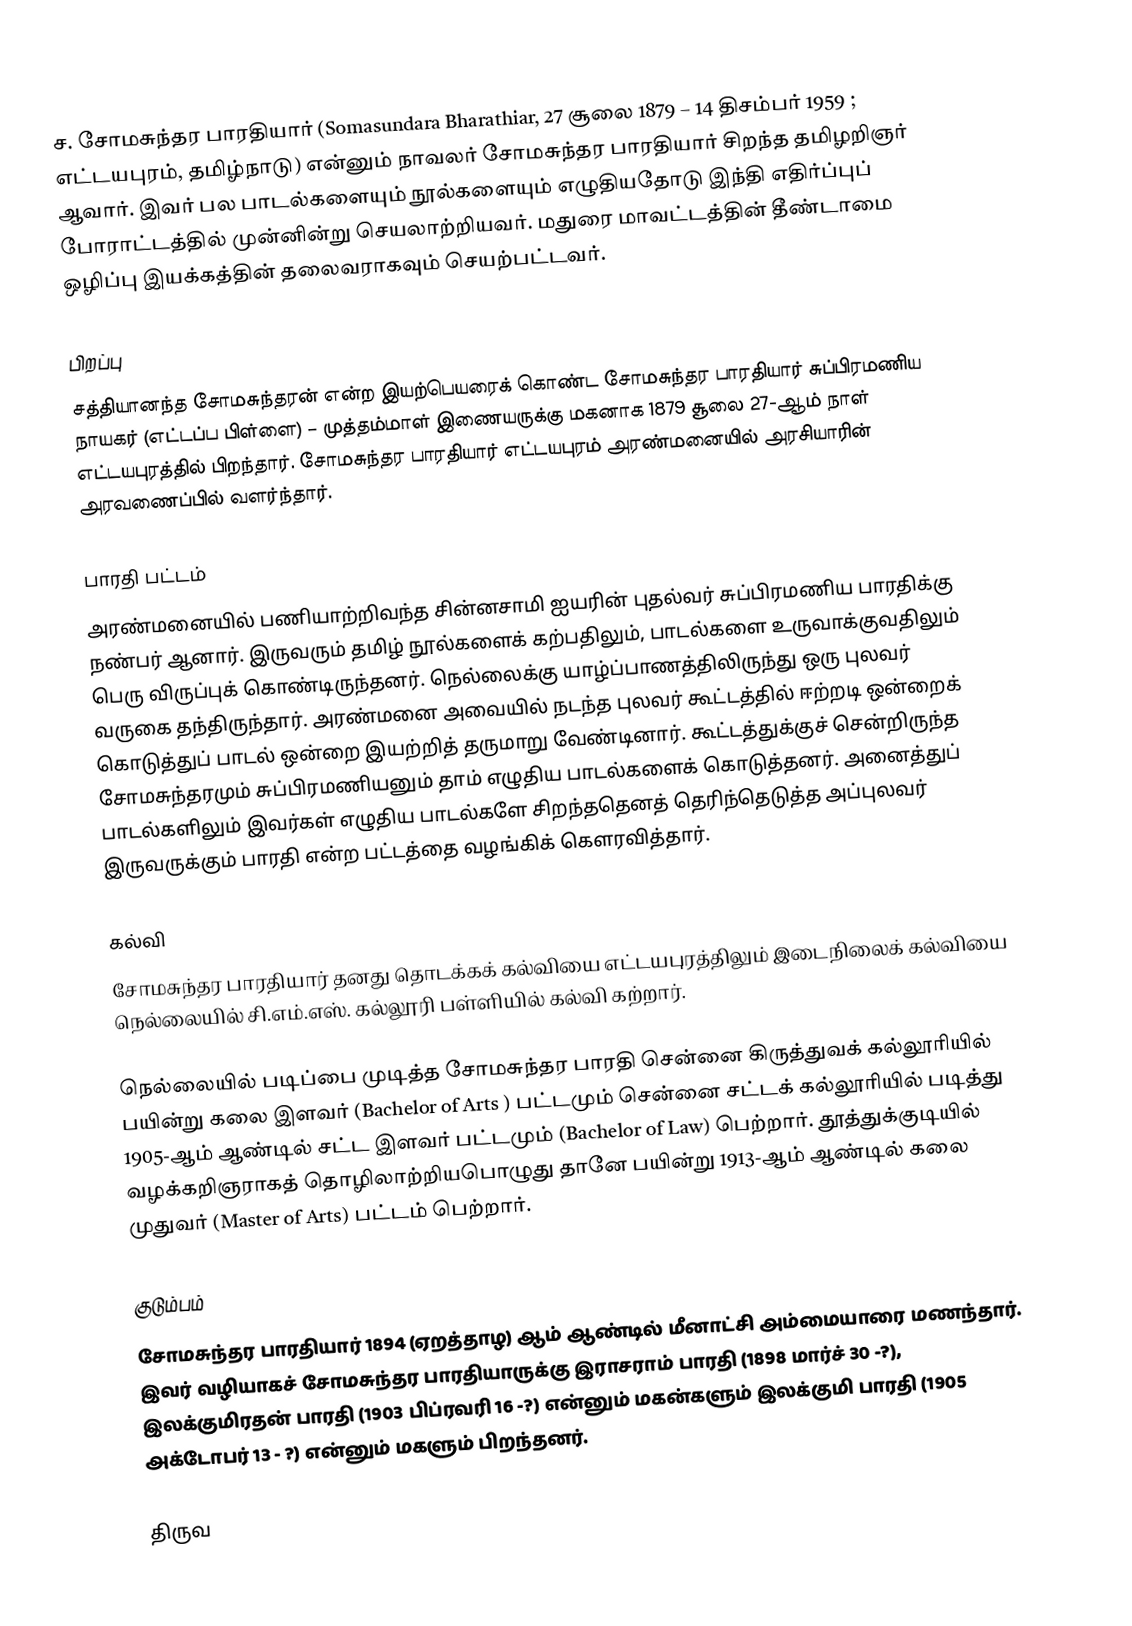
ச. சோமசுந்தர பாரதியார் (Somasundara Bharathiar, 27 சூலை 1879 – 14 திசம்பர் 1959 ; எட்டயபுரம், தமிழ்நாடு) என்னும் நாவலர் சோமசுந்தர பாரதியார் சிறந்த தமிழறிஞர் ஆவார்.  இவர் பல பாடல்களையும் நூல்களையும் எழுதியதோடு இந்தி எதிர்ப்புப் போராட்டத்தில் முன்னின்று செயலாற்றியவர்.  மதுரை மாவட்டத்தின் தீண்டாமை ஒழிப்பு இயக்கத்தின் தலைவராகவும் செயற்பட்டவர்.

பிறப்பு
சத்தியானந்த சோமசுந்தரன் என்ற இயற்பெயரைக் கொண்ட சோமசுந்தர பாரதியார் சுப்பிரமணிய நாயகர் (எட்டப்ப பிள்ளை) – முத்தம்மாள்  இணையருக்கு மகனாக 1879 சூலை 27-ஆம் நாள் எட்டயபுரத்தில் பிறந்தார். சோமசுந்தர பாரதியார் எட்டயபுரம் அரண்மனையில் அரசியாரின் அரவணைப்பில் வளர்ந்தார்.

பாரதி பட்டம்
அரண்மனையில் பணியாற்றிவந்த சின்னசாமி ஐயரின் புதல்வர் சுப்பிரமணிய பாரதிக்கு நண்பர் ஆனார். இருவரும் தமிழ் நூல்களைக் கற்பதிலும், பாடல்களை உருவாக்குவதிலும் பெரு விருப்புக் கொண்டிருந்தனர். நெல்லைக்கு யாழ்ப்பாணத்திலிருந்து ஒரு புலவர் வருகை தந்திருந்தார். அரண்மனை அவையில் நடந்த புலவர் கூட்டத்தில் ஈற்றடி ஒன்றைக் கொடுத்துப் பாடல் ஒன்றை இயற்றித் தருமாறு வேண்டினார். கூட்டத்துக்குச் சென்றிருந்த சோமசுந்தரமும் சுப்பிரமணியனும் தாம் எழுதிய பாடல்களைக் கொடுத்தனர். அனைத்துப் பாடல்களிலும் இவர்கள் எழுதிய பாடல்களே சிறந்ததெனத் தெரிந்தெடுத்த அப்புலவர் இருவருக்கும் பாரதி என்ற பட்டத்தை வழங்கிக் கௌரவித்தார்.

கல்வி
சோமசுந்தர  பாரதியார்  தனது தொடக்கக் கல்வியை எட்டயபுரத்திலும்  இடைநிலைக் கல்வியை நெல்லையில் சி.எம்.எஸ். கல்லூரி பள்ளியில் கல்வி கற்றார்.

நெல்லையில் படிப்பை முடித்த சோமசுந்தர பாரதி சென்னை கிருத்துவக் கல்லூரியில் பயின்று கலை இளவர் (Bachelor of Arts )  பட்டமும் சென்னை சட்டக் கல்லூரியில் படித்து 1905-ஆம் ஆண்டில் சட்ட இளவர் பட்டமும் (Bachelor of Law) பெற்றார்.  தூத்துக்குடியில் வழக்கறிஞராகத் தொழிலாற்றியபொழுது தானே பயின்று 1913-ஆம் ஆண்டில் கலை முதுவர் (Master of Arts) பட்டம் பெற்றார்.

குடும்பம்
சோமசுந்தர பாரதியார் 1894 (ஏறத்தாழ) ஆம் ஆண்டில் மீனாட்சி அம்மையாரை மணந்தார். இவர் வழியாகச் சோமசுந்தர பாரதியாருக்கு இராசராம் பாரதி (1898 மார்ச் 30 -?), இலக்குமிரதன் பாரதி  (1903 பிப்ரவரி 16 -?) என்னும் மகன்களும் இலக்குமி பாரதி (1905 அக்டோபர் 13 - ?) என்னும் மகளும் பிறந்தனர்.

திருவ